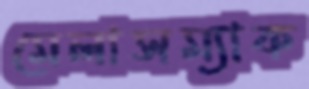
মেলাসম্যাক